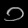
Digit: ၁